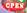
open